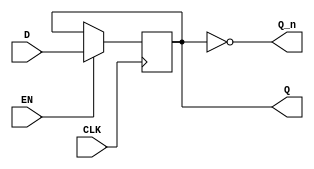
module edge_triggered_gated_latch (
    input wire D,        // Data input
    input wire CLK,      // Clock signal
    input wire EN,       // Enable signal
    output reg Q,        // Output Q
    output wire Q_n      // Complement of Q (not Q)
);

    // Complement of Q
    assign Q_n = ~Q;

    // Always block to capture the data on the rising edge of CLK
    always @(posedge CLK) begin
        if (EN) begin
            Q <= D;    // Capture D when EN is high
        end
        // If EN is low, Q retains its previous value
    end

endmodule